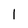
Character: 1